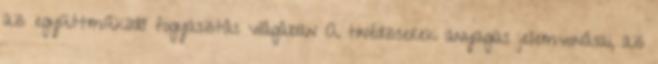
az együttműködő fogyasztás világában A tinédzserek anyagias jellemvonásai, az